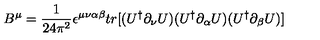
B ^ { \mu } = \frac { 1 } { 2 4 \pi ^ { 2 } } \epsilon ^ { \mu \nu \alpha \beta } t r [ ( U ^ { \dag } \partial _ { \nu } U ) ( U ^ { \dag } \partial _ { \alpha } U ) ( U ^ { \dag } \partial _ { \beta } U ) ]